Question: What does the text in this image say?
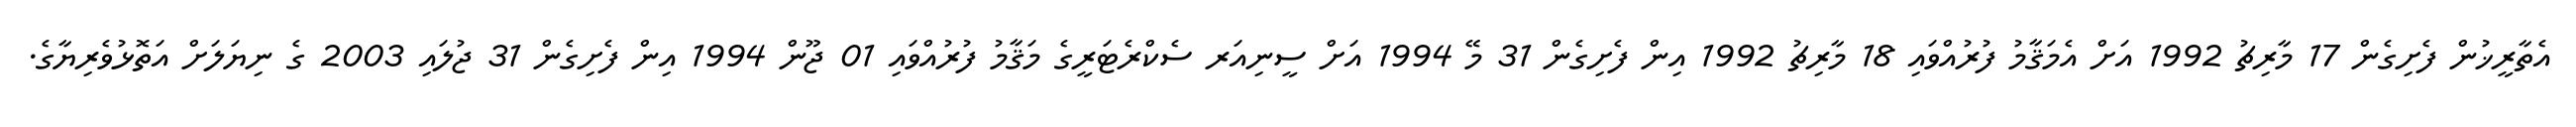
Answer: އެތާރީޚުން ފެށިގެން 17 މާރިޗު 1992 އަށް އެމަޤާމު ފުރުއްވައި 18 މާރިޗު 1992 އިން ފެށިގެން 31 މޭ 1994 އަށް ސީނިއަރ ސެކްރެޓަރީގެ މަޤާމު ފުރުއްވައި 01 ޖޫން 1994 އިން ފެށިގެން 31 ޖުލައި 2003 ގެ ނިޔަލަށް އަތޮޅުވެރިޔާގެ.